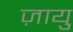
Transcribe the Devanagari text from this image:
ज़ायु